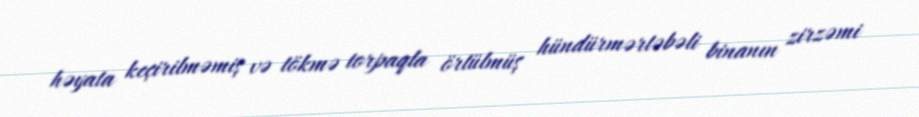
həyata keçirilməmiş və tökmə torpaqla örtülmüş hündürmərtəbəli binanın zirzəmi